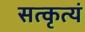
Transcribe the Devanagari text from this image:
सत्कृत्यं